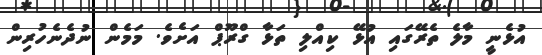
އުޅެނީ މާލެ ތެރޭގައި އުޅޭ ކިއްލި ތަޅާ ގްރޫޕް އަށެވެ. މަމެން ނުދެނެހުރިން